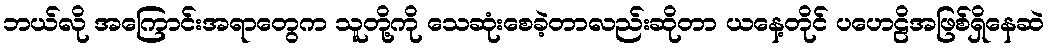
ဘယ်လို အကြောင်းအရာတွေက သူတို့ကို သေဆုံးစေခဲ့တာလည်းဆိုတာ ယနေ့တိုင် ပဟေဠိအဖြစ်ရှိနေဆဲ